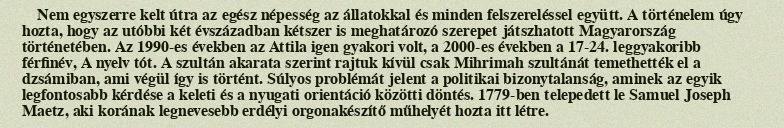
Nem egyszerre kelt útra az egész népesség az állatokkal és minden felszereléssel együtt. A történelem úgy hozta, hogy az utóbbi két évszázadban kétszer is meghatározó szerepet játszhatott Magyarország történetében. Az 1990-es években az Attila igen gyakori volt, a 2000-es években a 17-24. leggyakoribb férfinév, A nyelv tót. A szultán akarata szerint rajtuk kívül csak Mihrimah szultánát temethették el a dzsámiban, ami végül így is történt. Súlyos problémát jelent a politikai bizonytalanság, aminek az egyik legfontosabb kérdése a keleti és a nyugati orientáció közötti döntés. 1779-ben telepedett le Samuel Joseph Maetz, aki korának legnevesebb erdélyi orgonakészítő műhelyét hozta itt létre.